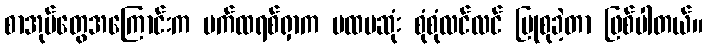
စာအုပ်တွေအကြောင်းက ပက်ထရစ်ရှာက ပထမဆုံး စုံစုံလင်လင် ပြုစုခဲ့တာ ဖြစ်ပါတယ်။